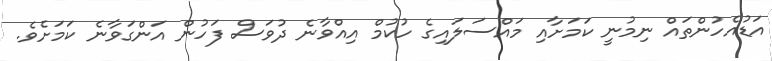
އަޑުއެހުންތައް ނިމުނީ ކަމަށާއި މައްސަލައިގެ ހުކުމް އިއްވާނެ ދުވަސް ފަހުން އަންގަވާނެ ކަމަށެވެ.